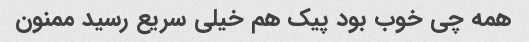
همه چی خوب بود پیک هم خیلی سریع رسید ممنون